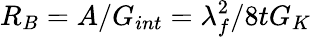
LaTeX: R_{B}=A/G_{int}=\lambda_{f}^{2}/8tG_{K}